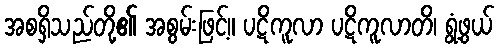
အစရှိသည်တို့၏ အစွမ်းဖြင့်။ ပဋိကူလာ ပဋိကူလာတိ၊ ရွံ့ဖွယ်